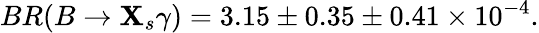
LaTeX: BR(B\to\mathbf{X}_{s}\gamma)=3.15\pm0.35\pm0.41\times10^{-4}.